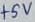
Text: +5V